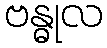
ဗန္ဓုလ